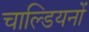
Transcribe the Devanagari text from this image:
चाल्डियनों